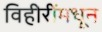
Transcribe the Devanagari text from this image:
विहीरींमधून